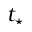
t _ { \star }